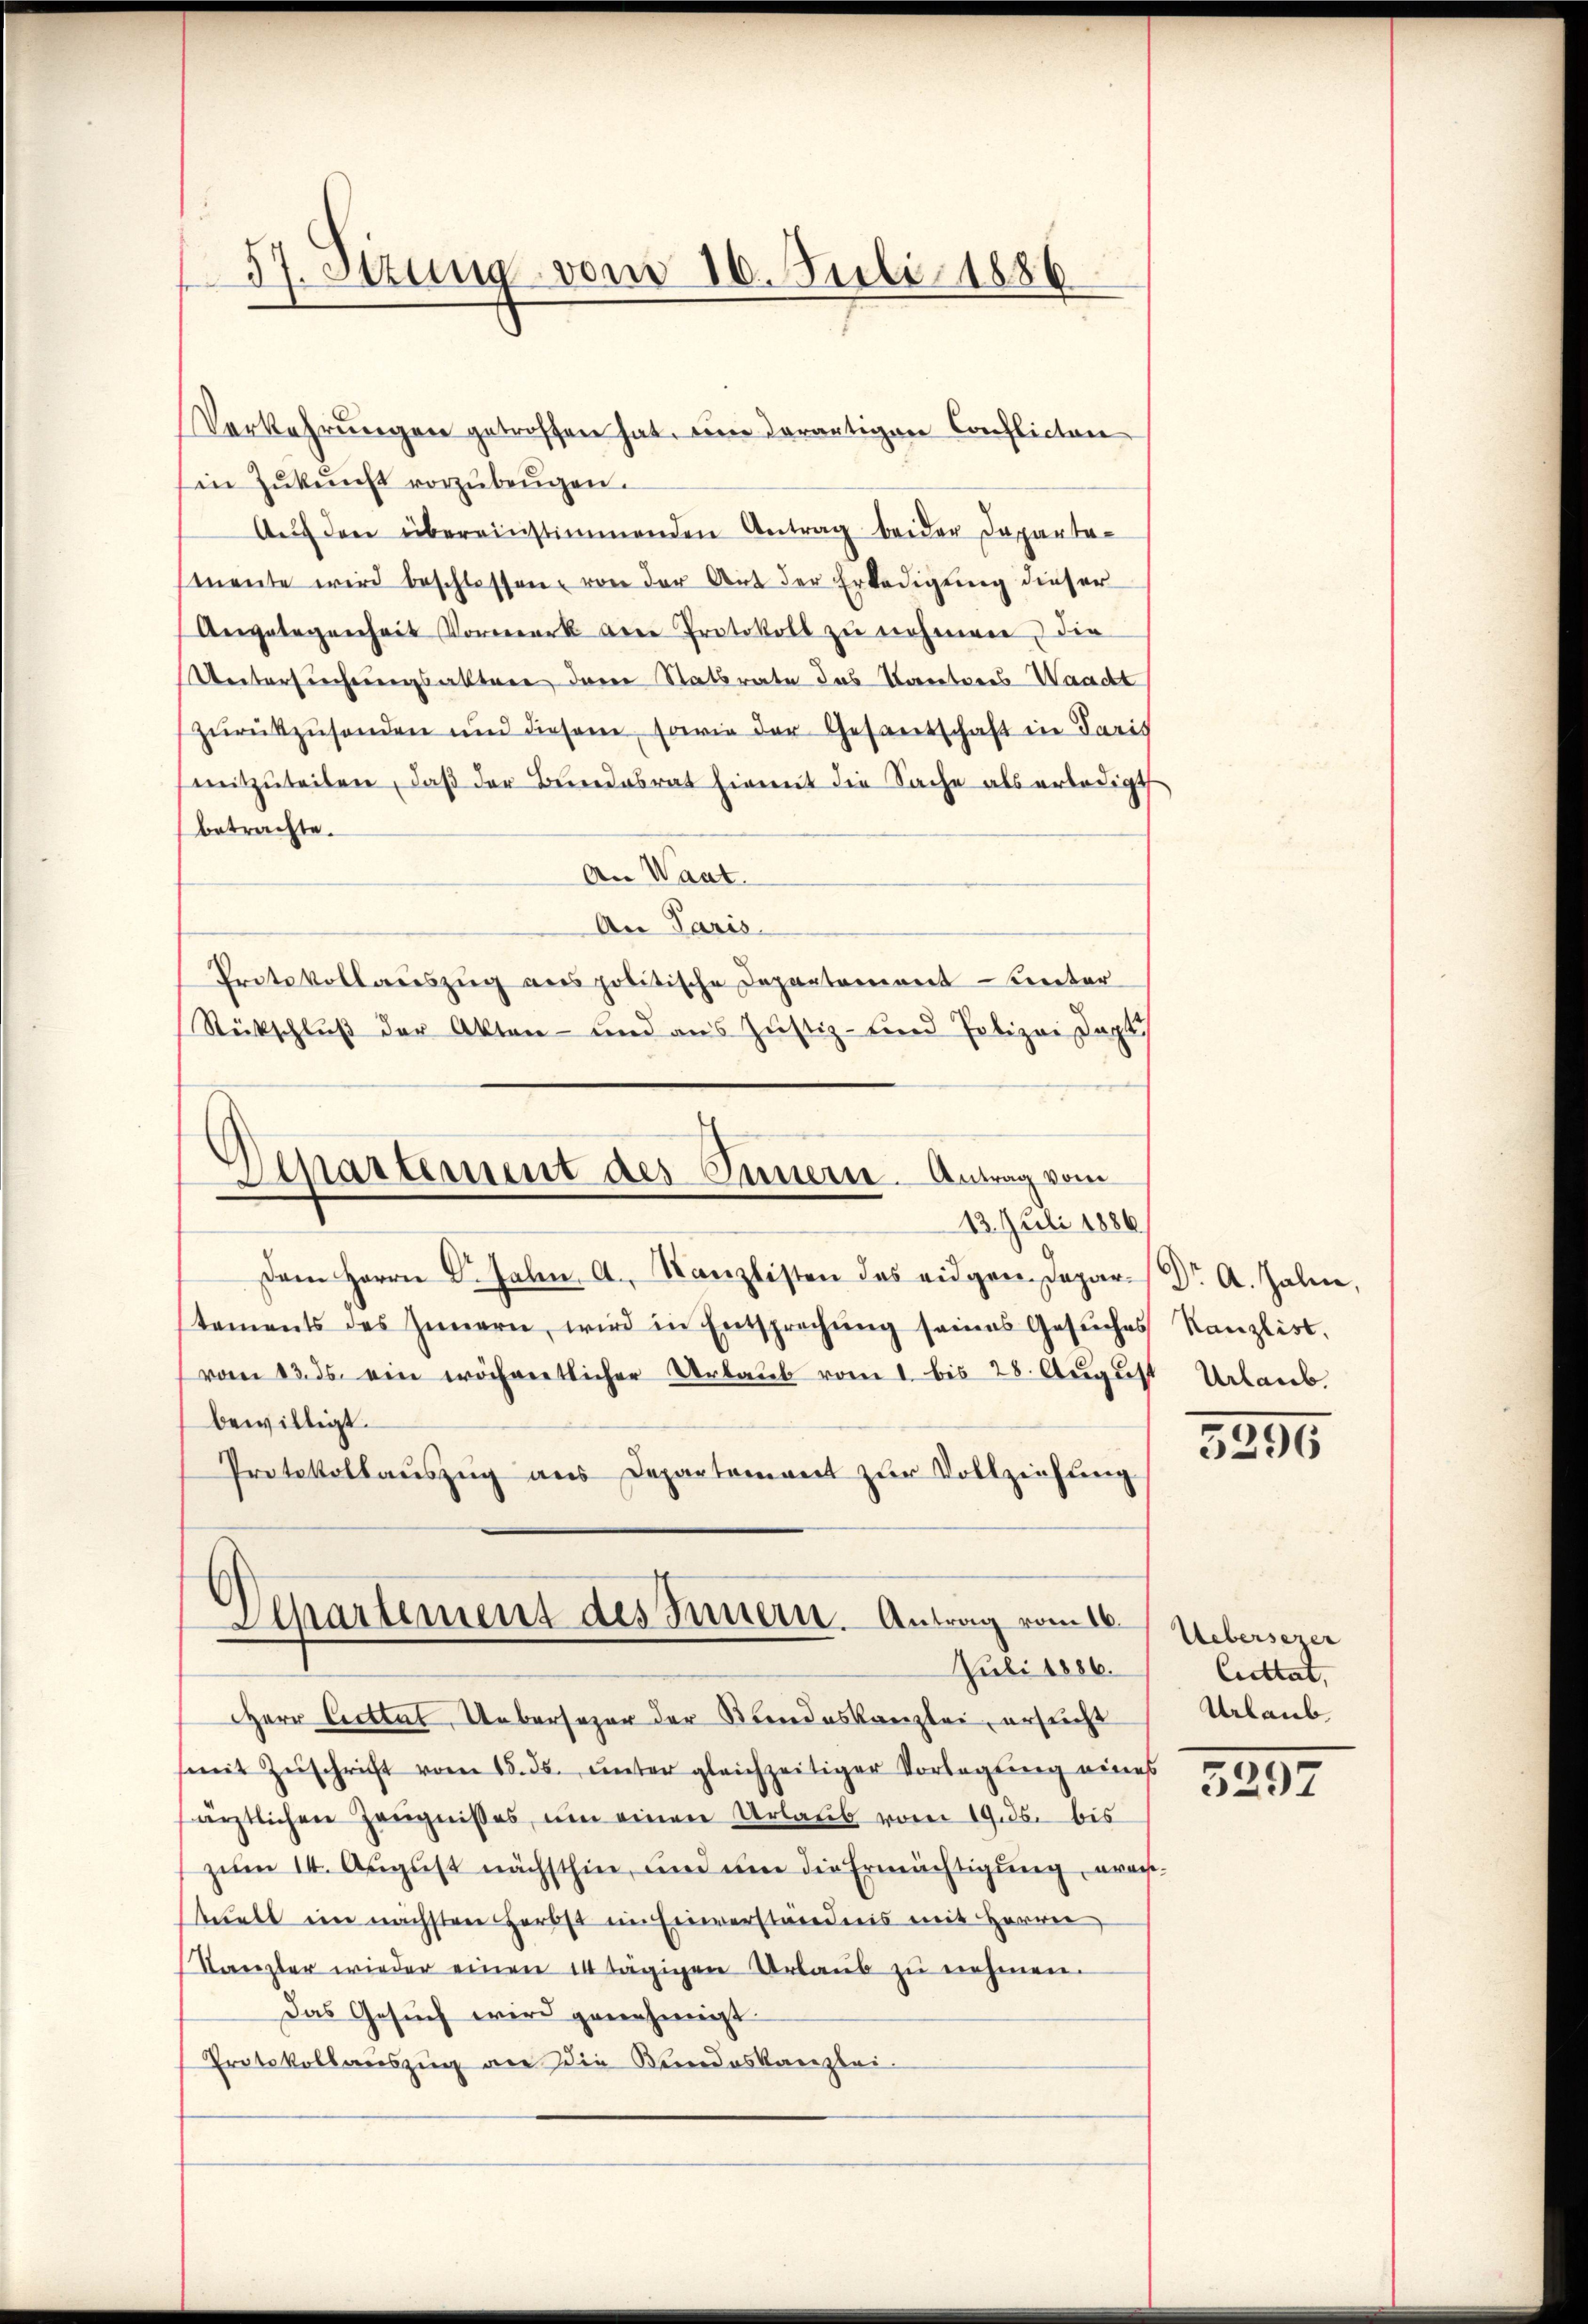
57. Sitzung vom 16. Juli 1886

Verkehrŭngen getroffen hat, eine derartigen Conflicten
in Zŭkŭnft vorzŭbeŭgen.
Aŭf den übereinstimmenden Antrag beider Departemente wird beschlossen, von der Art der Erledigung dieser
Aergelegenheit Vormerk dere Protokoll zu nehmen, die
Unterfrechnungsaktere der Statsrate das Krenteres-Waacht
zŭrückzusenden und diesem, sowie der Gesandschaft in Paris
mitzŭteilen, daβ der Bundesrat hiemit die Sache als erledigt
(betrachte.
An Waat.
An Paris.
Protokollaŭszŭg anspolitische Departement hinter-
Rückschluß der Akten- und aus Justiz- und Polizei Dapt
Dem Herrn Dr. Jahn, A. Kanzlisten des eidgen. Departements des Innern, wird in Entsprechŭng seines Gesŭches Kanzlist.
vom 13. ds. ein wöchentlicher Urlaub vom 1. bis 28. August Urlaub
bewilligt.
Protokollauszug aus Departement zur Vollziehung
Departement des Innern. Antrag vom 16.
Juli 1886.
Herr Cettet, Uebersezer der Bundeskanzlei, ersucht
(mit Zuschrift vom 15. ds. unter gleichzeitiger Vorlegung eines
särztlichen Zeugnisses, um einen Urlaub vom 19. ds. bis
zum II. August nächsthin, und um die Ermächtigung, weis
stuell im nächsten Herbst im Einverständnis mit Herren
Stanzler wieder einen 14 tägigen Urlaub zu nehmen.
Das Gesŭch wird genehmigt.
Protokollauszug die die Bundeskanzlei.

Martement des Innern. Antrag vom
13. Juli 1886.

Dr A. Zali,

3296

Ueberserer
Cuttat,
Urlaub

5297